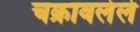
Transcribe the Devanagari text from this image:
चक्रावलेले